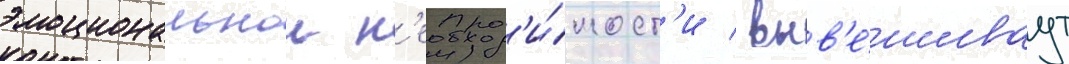
эмоциональнои н'еобход'и́мост'и / выв'е́шиваут